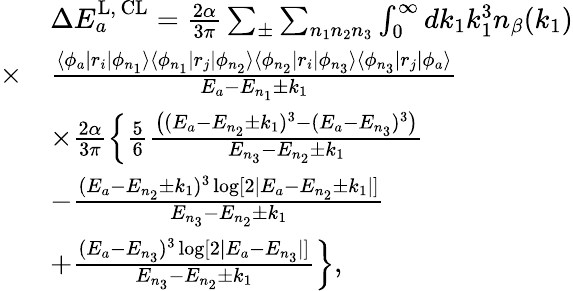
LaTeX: \begin{array}{rl}&{\Delta E_{a}^{\mathrm{L,\, CL}}=\frac{2\alpha}{3\pi}\sum_{\pm}\sum_{n_{1}n_{2}n_{3}}\int_{0}^{\infty}dk_{1}k_{1}^{3}n_{\beta}(k_{1})}\\ {\times}&{\frac{\langle\phi_{a}|r_{i}|\phi_{n_{1}}\rangle\langle\phi_{n_{1}}|r_{j}|\phi_{n_{2}}\rangle\langle\phi_{n_{2}}|r_{i}|\phi_{n_{3}}\rangle\langle\phi_{n_{3}}|r_{j}|\phi_{a}\rangle}{E_{a}-E_{n_{1}}\pm k_{1}}}\\ &{\times\frac{2\alpha}{3\pi}\left\lbrace\frac{5}{6}\frac{\left((E_{a}-E_{n_{2}}\pm k_{1})^{3}-(E_{a}-E_{n_{3}})^{3}\right)}{E_{n_{3}}-E_{n_{2}}\pm k_{1}}\right.}\\ &{-\frac{(E_{a}-E_{n_{2}}\pm k_{1})^{3}\log[2|E_{a}-E_{n_{2}}\pm k_{1}|]}{E_{n_{3}}-E_{n_{2}}\pm k_{1}}}\\ &{\left.+\frac{(E_{a}-E_{n_{3}})^{3}\log[2|E_{a}-E_{n_{3}}|]}{E_{n_{3}}-E_{n_{2}}\pm k_{1}}\right\rbrace,}\end{array}